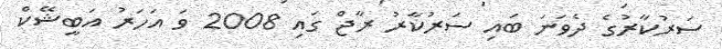
ސަރުކާރުގެ ދެވަނަ ބައި ސަރުކާރު ރާޖް ގައި 2008 ވަަ އަހަރު އަބީޝޭކް